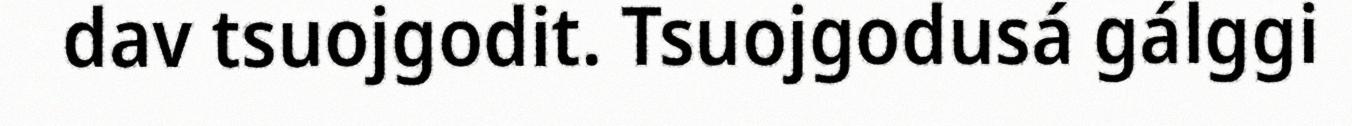
dav tsuojgodit. Tsuojgodusá gálggi